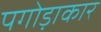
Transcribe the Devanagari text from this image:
पगोड़ाकार